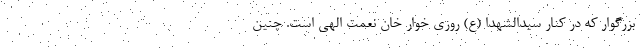
بزرگوار که در کنار سیدالشهدا (ع) روزی خوار خان نعمت الهی است. چنین